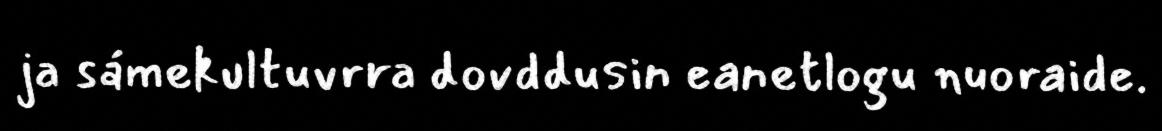
ja sámekultuvrra dovddusin eanetlogu nuoraide.